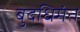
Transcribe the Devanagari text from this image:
बुद्धिमंत